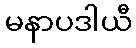
မနာပဒါယီ